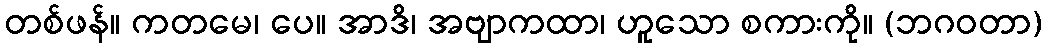
တစ်ဖန်။ ကတမေ၊ ပေ။ အာဒိ၊ အဗျာကထာ၊ ဟူသော စကားကို။ (ဘဂဝတာ)